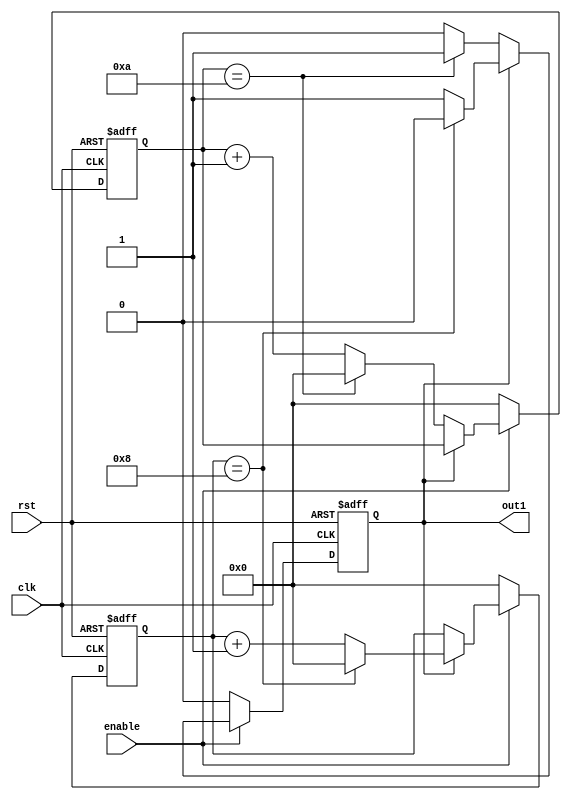
`timescale 1ns / 1ps
//////////////////////////////////////////////////////////////////////////////////
// Company: 
// Engineer: 
// 
// Design Name: 
// Module Name:    divider 
// Project Name: 
// Target Devices: 
// Tool versions: 
// Description: 
// Sets its output high when the DIVIDE number of clocks has been reached
// Sets output low again when CLEAR_COUNT number of clocks have passed again
// Note CLEAR_COUNT < DIVIDE
//
// Dependencies: 
//
// Revision: 
// Revision 0.01 - File Created
// Additional Comments: 
//
//////////////////////////////////////////////////////////////////////////////////
module divider(enable, clk, rst, out1
    );
	 input enable;
	 input clk;
	 input rst;
	 output out1;
	 
	 parameter DIVIDE_BITS=4;
	 parameter DIVIDE=10;
	 parameter CLEAR_BITS=4;
	 parameter CLEAR_COUNT=9;
	 
	 reg out1;
	 reg [DIVIDE_BITS-1:0] counter;
	 reg [CLEAR_BITS-1:0] clear_counter;
	 
	 always @(posedge clk or posedge rst)
	 begin
		//Clear counter and output on reset or not enable
		if (rst)
		 begin
			out1 <= 0;
			counter <= 0;
			clear_counter <= 0;
		 end
		else if (enable == 1'b1)
		 begin
			//Check if clear count reached
			if (out1 == 1'b1)
			 begin
					if (clear_counter == CLEAR_COUNT-1)
					 begin
						out1 <= 1'b0;
						clear_counter <= 0;
					 end
					else
					 begin
						out1 <= out1;
						clear_counter <= clear_counter + 1'b1;
					 end
			 end
			else if (counter == DIVIDE)
				//Check if max count is reached
				 begin
					out1 <= 1'b1;
					counter <= 0;
				 end
			else
			 begin
 				 out1 <= out1;
				 counter <= counter + 1'b1;
			 end
		 end //if enabled
		else
		 begin
			out1 <= 0;
			counter <= 0;
			clear_counter <= 0;
		 end

	end //always
		
endmodule